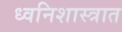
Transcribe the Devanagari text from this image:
ध्वनिशास्त्रात